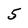
Character: 5